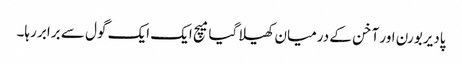
پادیربورن اور آخن کے درمیان کھیلا گیا میچ ایک ایک گول سے برابر رہا۔